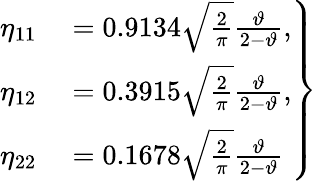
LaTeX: \begin{array}{r}{\left.\begin{array}{rl}{\eta_{11}}&{{}=0.9134\sqrt{\frac{2}{\pi}}\frac{\vartheta}{2-\vartheta},}\\ {\eta_{12}}&{{}=0.3915\sqrt{\frac{2}{\pi}}\frac{\vartheta}{2-\vartheta},}\\ {\eta_{22}}&{{}=0.1678\sqrt{\frac{2}{\pi}}\frac{\vartheta}{2-\vartheta}}\end{array}\right\} }\end{array}